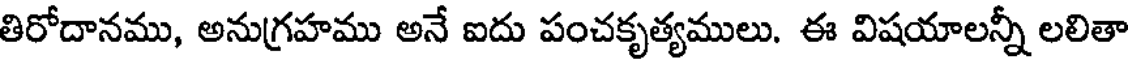
తిరోదానము, అనుగ్రహము అనే ఐదు పంచకృత్యములు. ఈ విషయాలన్నీ లలితా